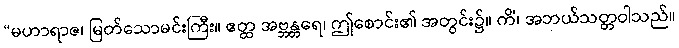
“မဟာရာဇ၊ မြတ်သောမင်းကြီး။ ဧတ္ထ အဗ္ဘန္တရေ၊ ဤစောင်း၏ အတွင်း၌။ ကိံ၊ အဘယ်သတ္တဝါသည်။